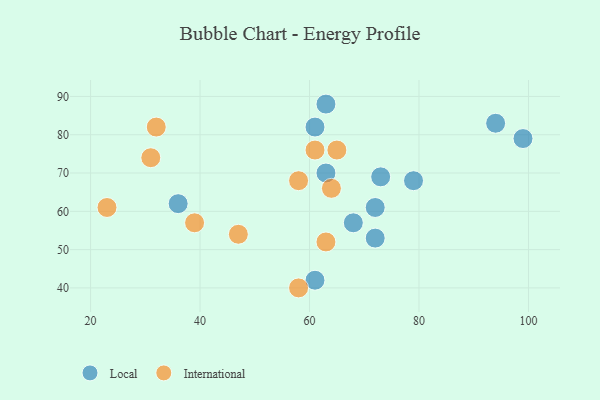
{"axis": {"x": "GDP", "y": "Life Expectancy"}, "legend": ["International", "Local"], "data": [{"x": "63", "y": 88, "type": "Local"}, {"x": "94", "y": 83, "type": "Local"}, {"x": "61", "y": 42, "type": "Local"}, {"x": "99", "y": 79, "type": "Local"}, {"x": "68", "y": 57, "type": "Local"}, {"x": "63", "y": 70, "type": "Local"}, {"x": "73", "y": 69, "type": "Local"}, {"x": "61", "y": 82, "type": "Local"}, {"x": "72", "y": 53, "type": "Local"}, {"x": "36", "y": 62, "type": "Local"}, {"x": "79", "y": 68, "type": "Local"}, {"x": "72", "y": 61, "type": "Local"}, {"x": "61", "y": 76, "type": "International"}, {"x": "47", "y": 54, "type": "International"}, {"x": "58", "y": 68, "type": "International"}, {"x": "58", "y": 40, "type": "International"}, {"x": "39", "y": 57, "type": "International"}, {"x": "31", "y": 74, "type": "International"}, {"x": "63", "y": 52, "type": "International"}, {"x": "65", "y": 76, "type": "International"}, {"x": "23", "y": 61, "type": "International"}, {"x": "32", "y": 82, "type": "International"}, {"x": "64", "y": 66, "type": "International"}]}